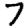
Digit: 7